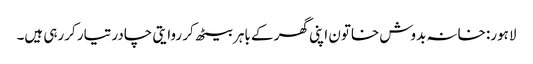
لاہور: خانہ بدوش خاتون اپنی گھر کے باہر بیٹھ کر روایتی چادر تیار کررہی ہیں۔